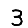
Digit: 3